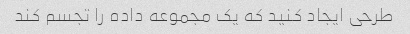
طرحی ایجاد کنید که یک مجموعه داده را تجسم کند